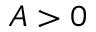
A > 0